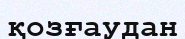
қозғаудан